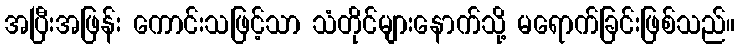
အပြီးအဖြန်း ကောင်းသဖြင့်သာ သံတိုင်များနောက်သို့ မရောက်ခြင်းဖြစ်သည်။